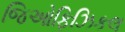
જિઓફિઝિકલ